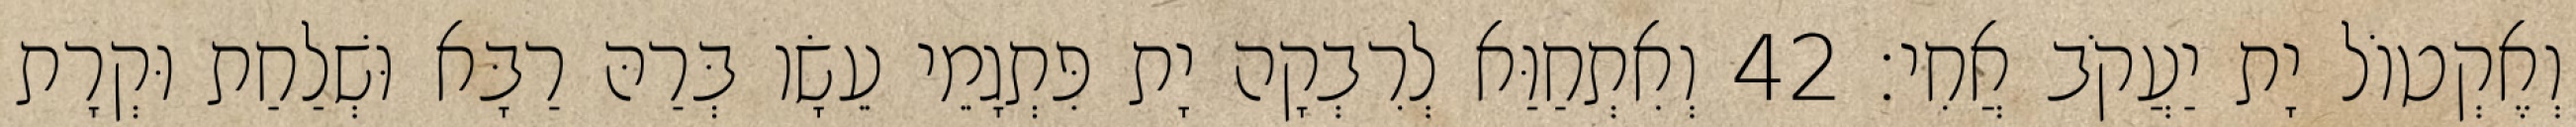
וְאֶקְטוֹל יָת יַעֲקֹב אֲחִי׃ 42 וְאִתְחַוַּא לְרִבְקָה יָת פִּתְגָמֵי עֵשָׂו בְּרַהּ רַבָּא וּשְׁלַחַת וּקְרָת